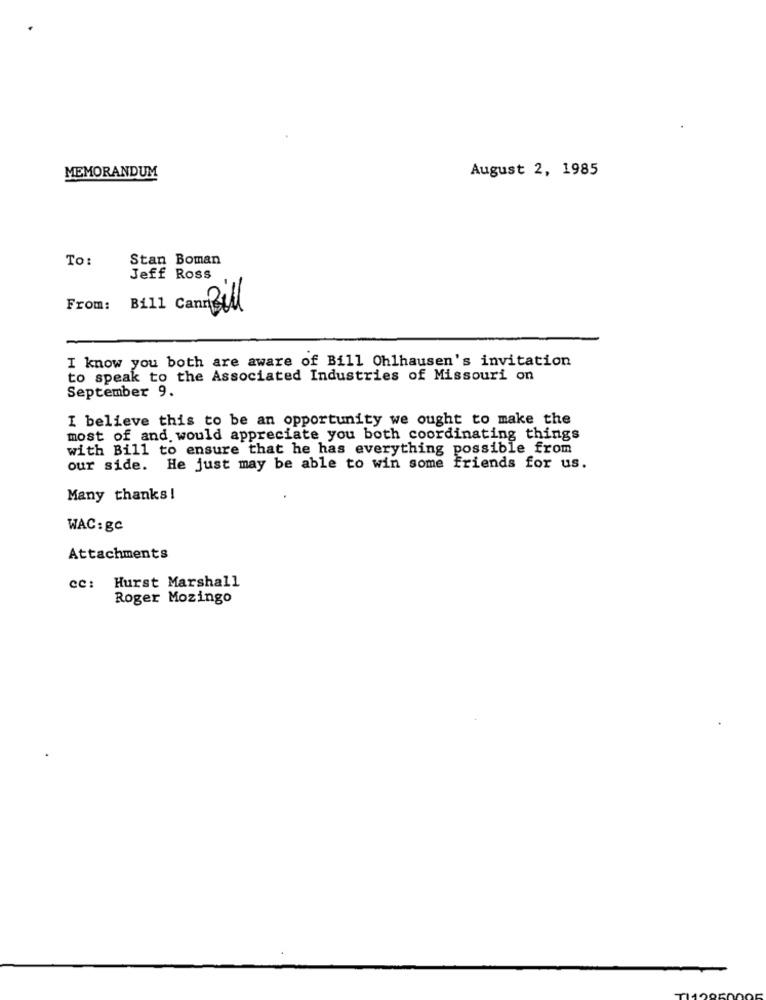
August 2, 1985
MEMORANDUM
To:
Stan Boman
Jeff Ross
From: B111 Cant Bill
I know you both are aware of Bill Ohlhausen's invitation
to speak to the Associated Industries of Missouri on
September 9.
I believe this to be an opportunity we ought to make the
most of and would appreciate you both coordinating things
with Bill to ensure that he has everything possible from
our side. He just may be able to win some friends for us.
Many thanks !
WAC: gc
Attachments
CC: Hurst Marshall
Roger Mozingo